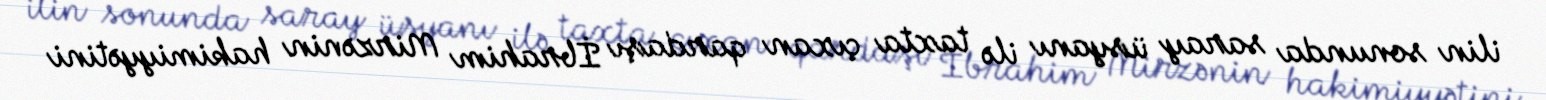
ilin sonunda saray üsyanı ilə taxta çıxan qardaşı İbrahim Mirzənin hakimiyyətini